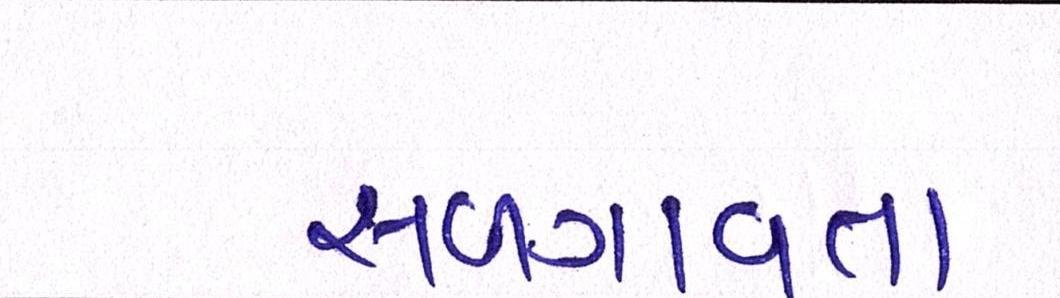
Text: સળગાવતા